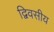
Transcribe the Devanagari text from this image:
द्विवसीय